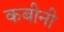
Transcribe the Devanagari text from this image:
कबीनी